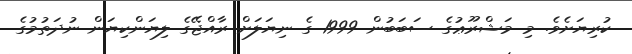
ކުރިޔަށެވެ. މި މަޝްރޫޢުގެ ސަބަބުން 1999 ގެ ނިޔަލަށް ރާއްޖޭގެ ލިޔަންކިޔަން ނުދަތުމުގެ